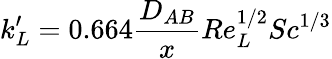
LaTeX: k_{L}^{\prime}=0.664{\frac{D_{AB}}{x}}Re_{L}^{1/2}Sc^{1/3}